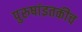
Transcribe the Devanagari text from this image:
पुरुषांइतकीच